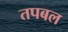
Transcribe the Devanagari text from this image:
तपबल